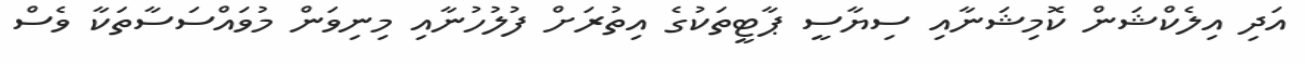
އަދި އިލެކްޝަން ކޮމިޝަނާއި ސިޔާސީ ޕާޓީތަކުގެ އިތުރަށް ފުލުހުނާއި މިނިވަން މުވައްސަސާތަކާ ވެސް